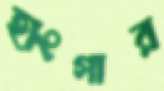
হাংগার